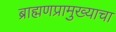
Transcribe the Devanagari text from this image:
ब्राह्मणप्रामुख्याचा